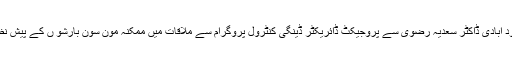
23 جون2018ء) سندھ کی نگراں صوبائی وزیر صحت،تعلیم اور بہبود آبادی ڈاکٹر سعدیہ رضوی سے پروجیکٹ ڈائریکٹر ڈینگی کنٹرول پروگرام سے ملاقات میں ممکنہ مون سون بارشو ں کے پیش نظر ڈینگی مچھر سے نجات کیلئے اقداما ت مکمل کرنے کی ہدایت کی۔